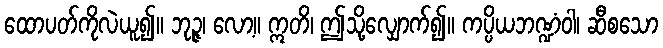
ထောပတ်ကိုလဲယူ၍။ ဘုဉ္ဇ၊ လော့။ ဣတိ၊ ဤသို့လျှောက်၍။ ကပ္ပိယဘဏ္ဍံဝါ၊ ဆီစသော